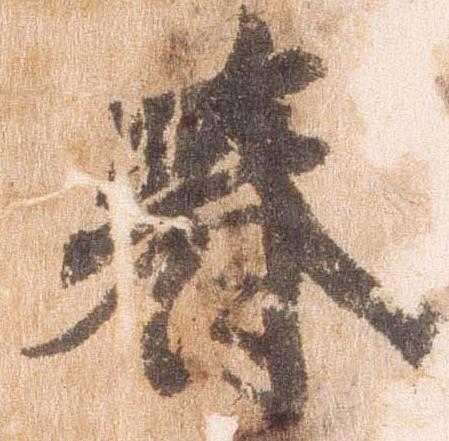
春